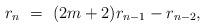
LaTeX: \begin{align*} r_{n} \ = \ (2m+2) r_{n-1}- r_{n-2},\end{align*}